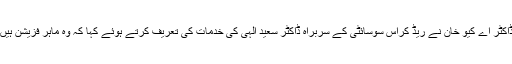
ڈاکٹر اے کیو خان نے ریڈ کراس سوسائٹی کے سربراہ ڈاکٹر سعید الٰہی کی خدمات کی تعریف کرتے ہوئے کہا کہ وہ ماہر فزیشن ہیں۔